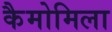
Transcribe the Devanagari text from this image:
कैमोमिला